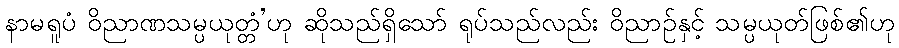
နာမရူပံ ဝိညာဏသမ္ပယုတ္တံ’ဟု ဆိုသည်ရှိသော် ရုပ်သည်လည်း ဝိညာဉ်နှင့် သမ္ပယုတ်ဖြစ်၏ဟု